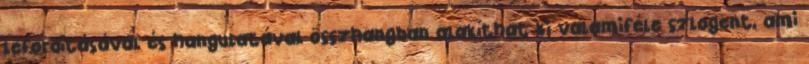
lefordításával és hangulatával összhangban alakíthat ki valamiféle szlogent, ami